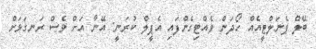
ބޭލް ޕެނަލްޓީއެއް ހޯދަން ވެއްޓިގެންފައި އެޕީލް ކުރަނީ: އޭނާ އަށް ވެސް ރަނގަޅަށް